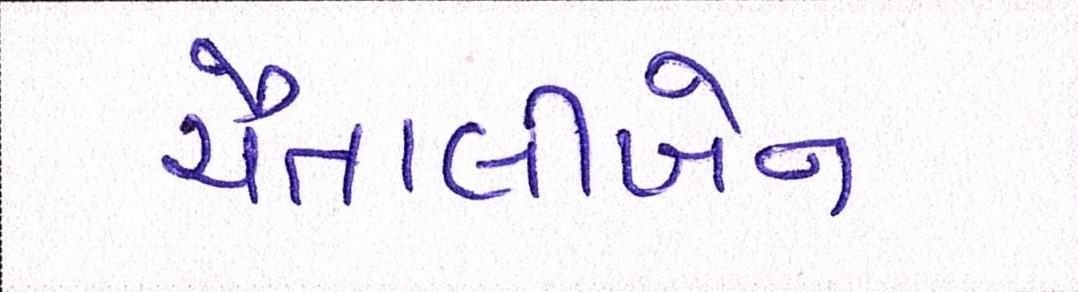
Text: ચૈતાલીબેન